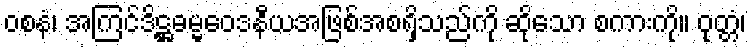
ဝစနံ၊ အကြင်ဒိဋ္ဌဓမ္မဝေဒနီယအဖြစ်အစရှိသည်ကို ဆိုသော စကားကို။ ဝုတ္တံ၊